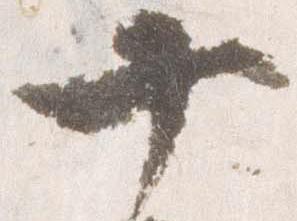
十